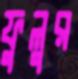
ফুলুর